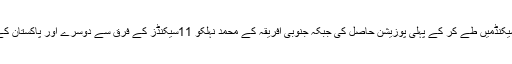
یو اے ای کے فاتح اتھلیٹ نے 3.2کلومیٹر فاصلہ 9منٹ 26سیکنڈمیں طے کر کے پہلی پوزیشن حاصل کی جبکہ جنوبی افریقہ کے محمد نہلکو 11سیکنڈز کے فرق سے دوسرے اور پاکستان کے نجم الحسن 22 سیکنڈز کے فرق سے تیسرے نمبر پر رہے۔